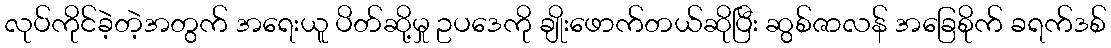
လုပ်ကိုင်ခဲ့တဲ့အတွက် အရေးယူ ပိတ်ဆို့မှု ဥပဒေကို ချိုးဖောက်တယ်ဆိုပြီး ဆွစ်ဇာလန် အခြေစိုက် ခရက်ဒစ်